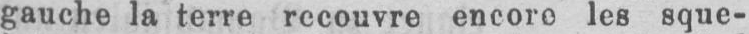
gauche la terre recouvre encore les sque-